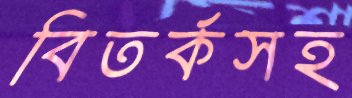
বিতর্কসহ